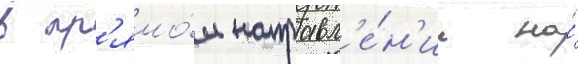
в пр'ямо́м направл'е́н'ии на́